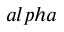
a l p h a